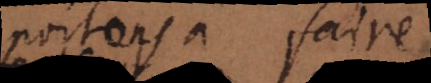
portons à faire